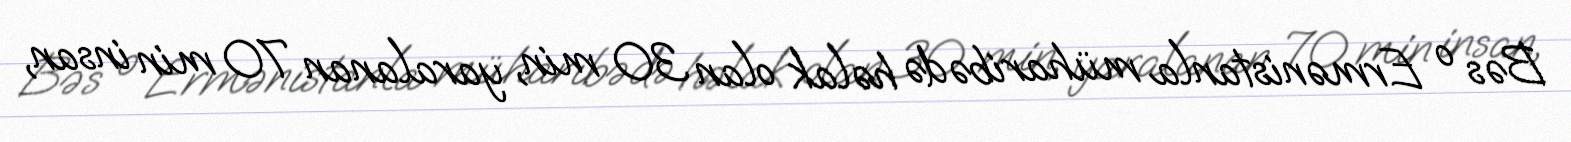
Bəs o Ermənistanla müharibədə həlak olan 30 min, yaralanan 70 min insan,